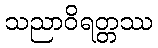
သညာဝိရတ္တဿ